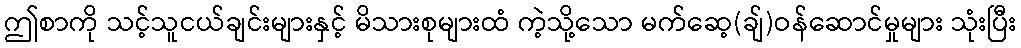
ဤစာကို သင့်သူငယ်ချင်းများနှင့် မိသားစုများထံ ကဲ့သို့သော မက်ဆေ့(ချ်)ဝန်ဆောင်မှုများ သုံးပြီး